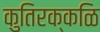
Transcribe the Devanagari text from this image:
कुतिरक्कळि